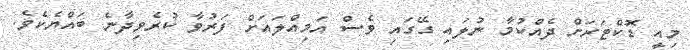
މިއީ ޑޮކްޓަރަށް ދެއްކުމާ ނުލައި ގޭގައި ވެސް އަމިއްލައަށް ފަރުވާ ކުރެވިދާނެ ބައްޔެކެވެ.